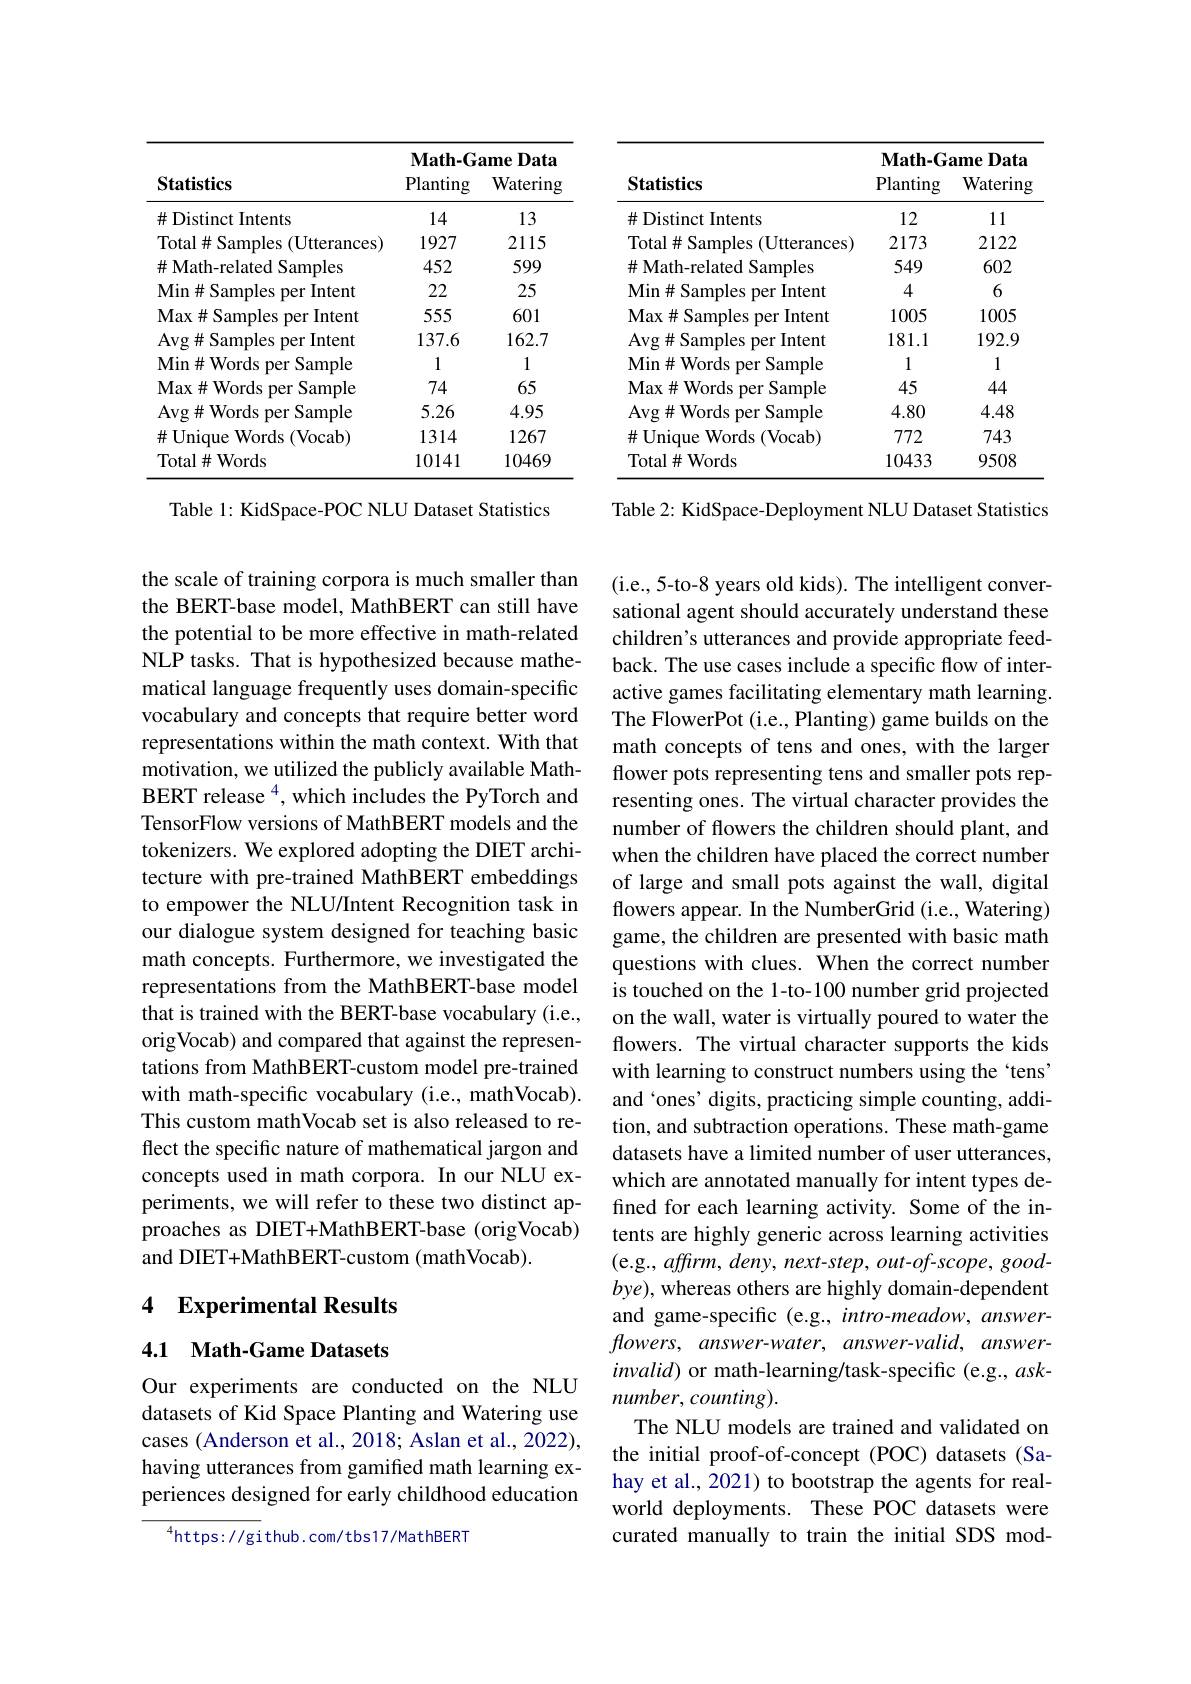
<table>
	<tbody>
		<tr>
			<th rowspan="2">$\mathbf{Statistics}$</th>
			<th colspan="2">$\mathbf{Math-GameData}$</th>
			<th rowspan="2">Statistics</th>
			<th colspan="2">$\mathbf{Math-Game}$ $\mathbf{e}\mathbf{D}_{\mathbf{a}\mathbf{t}\mathbf{a}}$</th>
		</tr>
		<tr>
			<th>Planting</th>
			<th>Watering</th>
			<th>Planting</th>
			<th>Watering</th>
		</tr>
		<tr>
			<td>$\#$ Distinct Intents</td>
			<td>14</td>
			<td>13</td>
			<td>$\#$ Distinct Intents</td>
			<td>12</td>
			<td>11</td>
		</tr>
		<tr>
			<td>Total#Samples ;(Utterances)</td>
			<td>1927</td>
			<td>2115</td>
			<td>Total# Samples ( Utterances)</td>
			<td>2173</td>
			<td>2122</td>
		</tr>
		<tr>
			<td>$\#$ Math-related Samples</td>
			<td>452</td>
			<td>599</td>
			<td>$\#$ Math-related Samples</td>
			<td>549</td>
			<td>602</td>
		</tr>
		<tr>
			<td>Min$\#$Samples per Intent</td>
			<td>22</td>
			<td>25</td>
			<td>Min$\#$Samples per Intent</td>
			<td>4</td>
			<td>6</td>
		</tr>
		<tr>
			<td>Max$\#$Samples per Intent</td>
			<td>555</td>
			<td>601</td>
			<td>Max$\#$Samples per Intent</td>
			<td>1005</td>
			<td>1005</td>
		</tr>
		<tr>
			<td>$\operatorname{Avg}\#\operatorname{Samples~per~Intent}$</td>
			<td>137.6</td>
			<td>162.7</td>
			<td>$\operatorname{Avg}\#\operatorname{Samples~per~Intent}$</td>
			<td>181.1</td>
			<td>192.9</td>
		</tr>
		<tr>
			<td>Min$\#$Words per Sample</td>
			<td>1</td>
			<td>1</td>
			<td>Min$\#$Words per Sample</td>
			<td>1</td>
			<td>1</td>
		</tr>
		<tr>
			<td>Max$\#$Words per Sample</td>
			<td>74</td>
			<td>65</td>
			<td>Max$\#$Words per Sample</td>
			<td>45</td>
			<td>44</td>
		</tr>
		<tr>
			<td>$\operatorname{Avg}\#\operatorname{Words~per~Sample}$</td>
			<td>5.26</td>
			<td>4.95</td>
			<td>$\operatorname{Avg}\#\operatorname{Words~per~Sample}$</td>
			<td>4.80</td>
			<td>4.48</td>
		</tr>
		<tr>
			<td>$\#$Unique Words ${\mathrm{s}}\left({\mathrm{Vocab}}\right)$</td>
			<td>1314</td>
			<td>1267</td>
			<td>$\#$Unique Words (Vocab)</td>
			<td>772</td>
			<td>743</td>
		</tr>
		<tr>
			<td>Total$\#$Words</td>
			<td>10141</td>
			<td>10469</td>
			<td>Total$\#$Words</td>
			<td>10433</td>
			<td>9508</td>
		</tr>
	</tbody>
</table>

Table 1: KidSpace-POC NLU Dataset Statistics

Table 2: KidSpace- Deployment NLU Dataset Statistics

the scale of training corpora is much smaller than the BERT-base model, MathBERT can still have the potential to be more effective in math-related NLP tasks. That is hypothesized because mathematical language frequently uses domain-specific vocabulary and concepts that require better word representations within the math context. With that motivation, we utilized the publicly available MathBERT release $^{4}$, which includes the PyTorch and TensorFlow versions of MathBERT models and the tokenizers. We explored adopting the DIET architecture with pre-trained MathBERT embeddings to empower the NLU/Intent Recognition task in our dialogue system designed for teaching basic math concepts. Furthermore, we investigated the representations from the MathBERT-base model that is trained with the BERT-base vocabulary (i.e., origVocab) and compared that against the representations from MathBERT-custom model pre-trained with math-specific vocabulary (i.e., mathVocab). This custom mathVocab set is also released to reflect the specific nature of mathematical jargon and concepts used in math corpora. In our NLU experiments, we will refer to these two distinct approaches as DIET+MathBERT-base (origVocab) and DIET+MathBERT-custom (mathVocab).

(i.e., 5-to-8 years old kids). The intelligent conversational agent should accurately understand these children's utterances and provide appropriate feedback. The use cases include a specific flow of interactive games facilitating elementary math learning. The FlowerPot (i.e., Planting) game builds on the math concepts of tens and ones, with the larger flower pots representing tens and smaller pots representing ones. The virtual character provides the number of flowers the children should plant, and when the children have placed the correct number of large and small pots against the wall, digital flowers appear. In the NumberGrid (i.e., Watering) game, the children are presented with basic math questions with clues. When the correct number is touched on the 1-to-100 number grid projected on the wall, water is virtually poured to water the flowers. The virtual character supports the kids with learning to construct numbers using the `tens' and 'ones' digits, practicing simple counting, addition, and subtraction operations. These math-game datasets have a limited number of user utterances, which are annotated manually for intent types defined for each learning activity. Some of the intents are highly generic across learning activities (e.g., affirm, deny, next-step, out-of-scope, goodbye), whereas others are highly domain-dependent and game-specific (e.g., intro-meadow, answer- $flowers,~answer-water,~answer-valid,~answer-$ $invalid)$ or math-learning/task-specific (e.g., asknumber, counting).
The NLU models are trained and validated on the initial proof-of-concept (POC) datasets (Sahay et al., 2021) to bootstrap the agents for realworld deployments. These POC datasets were curated manually to train the initial SDS mod-

## 4 Experimental Results

## 4.1 Math-Game Datasets

Our experiments are conducted on the NLU datasets of Kid Space Planting and Watering use cases (Anderson et al., 2018; Aslan et al., 2022), having utterances from gamified math learning experiences designed for early childhood education

$^{4}$https://github.com/tbs17/MathBERT